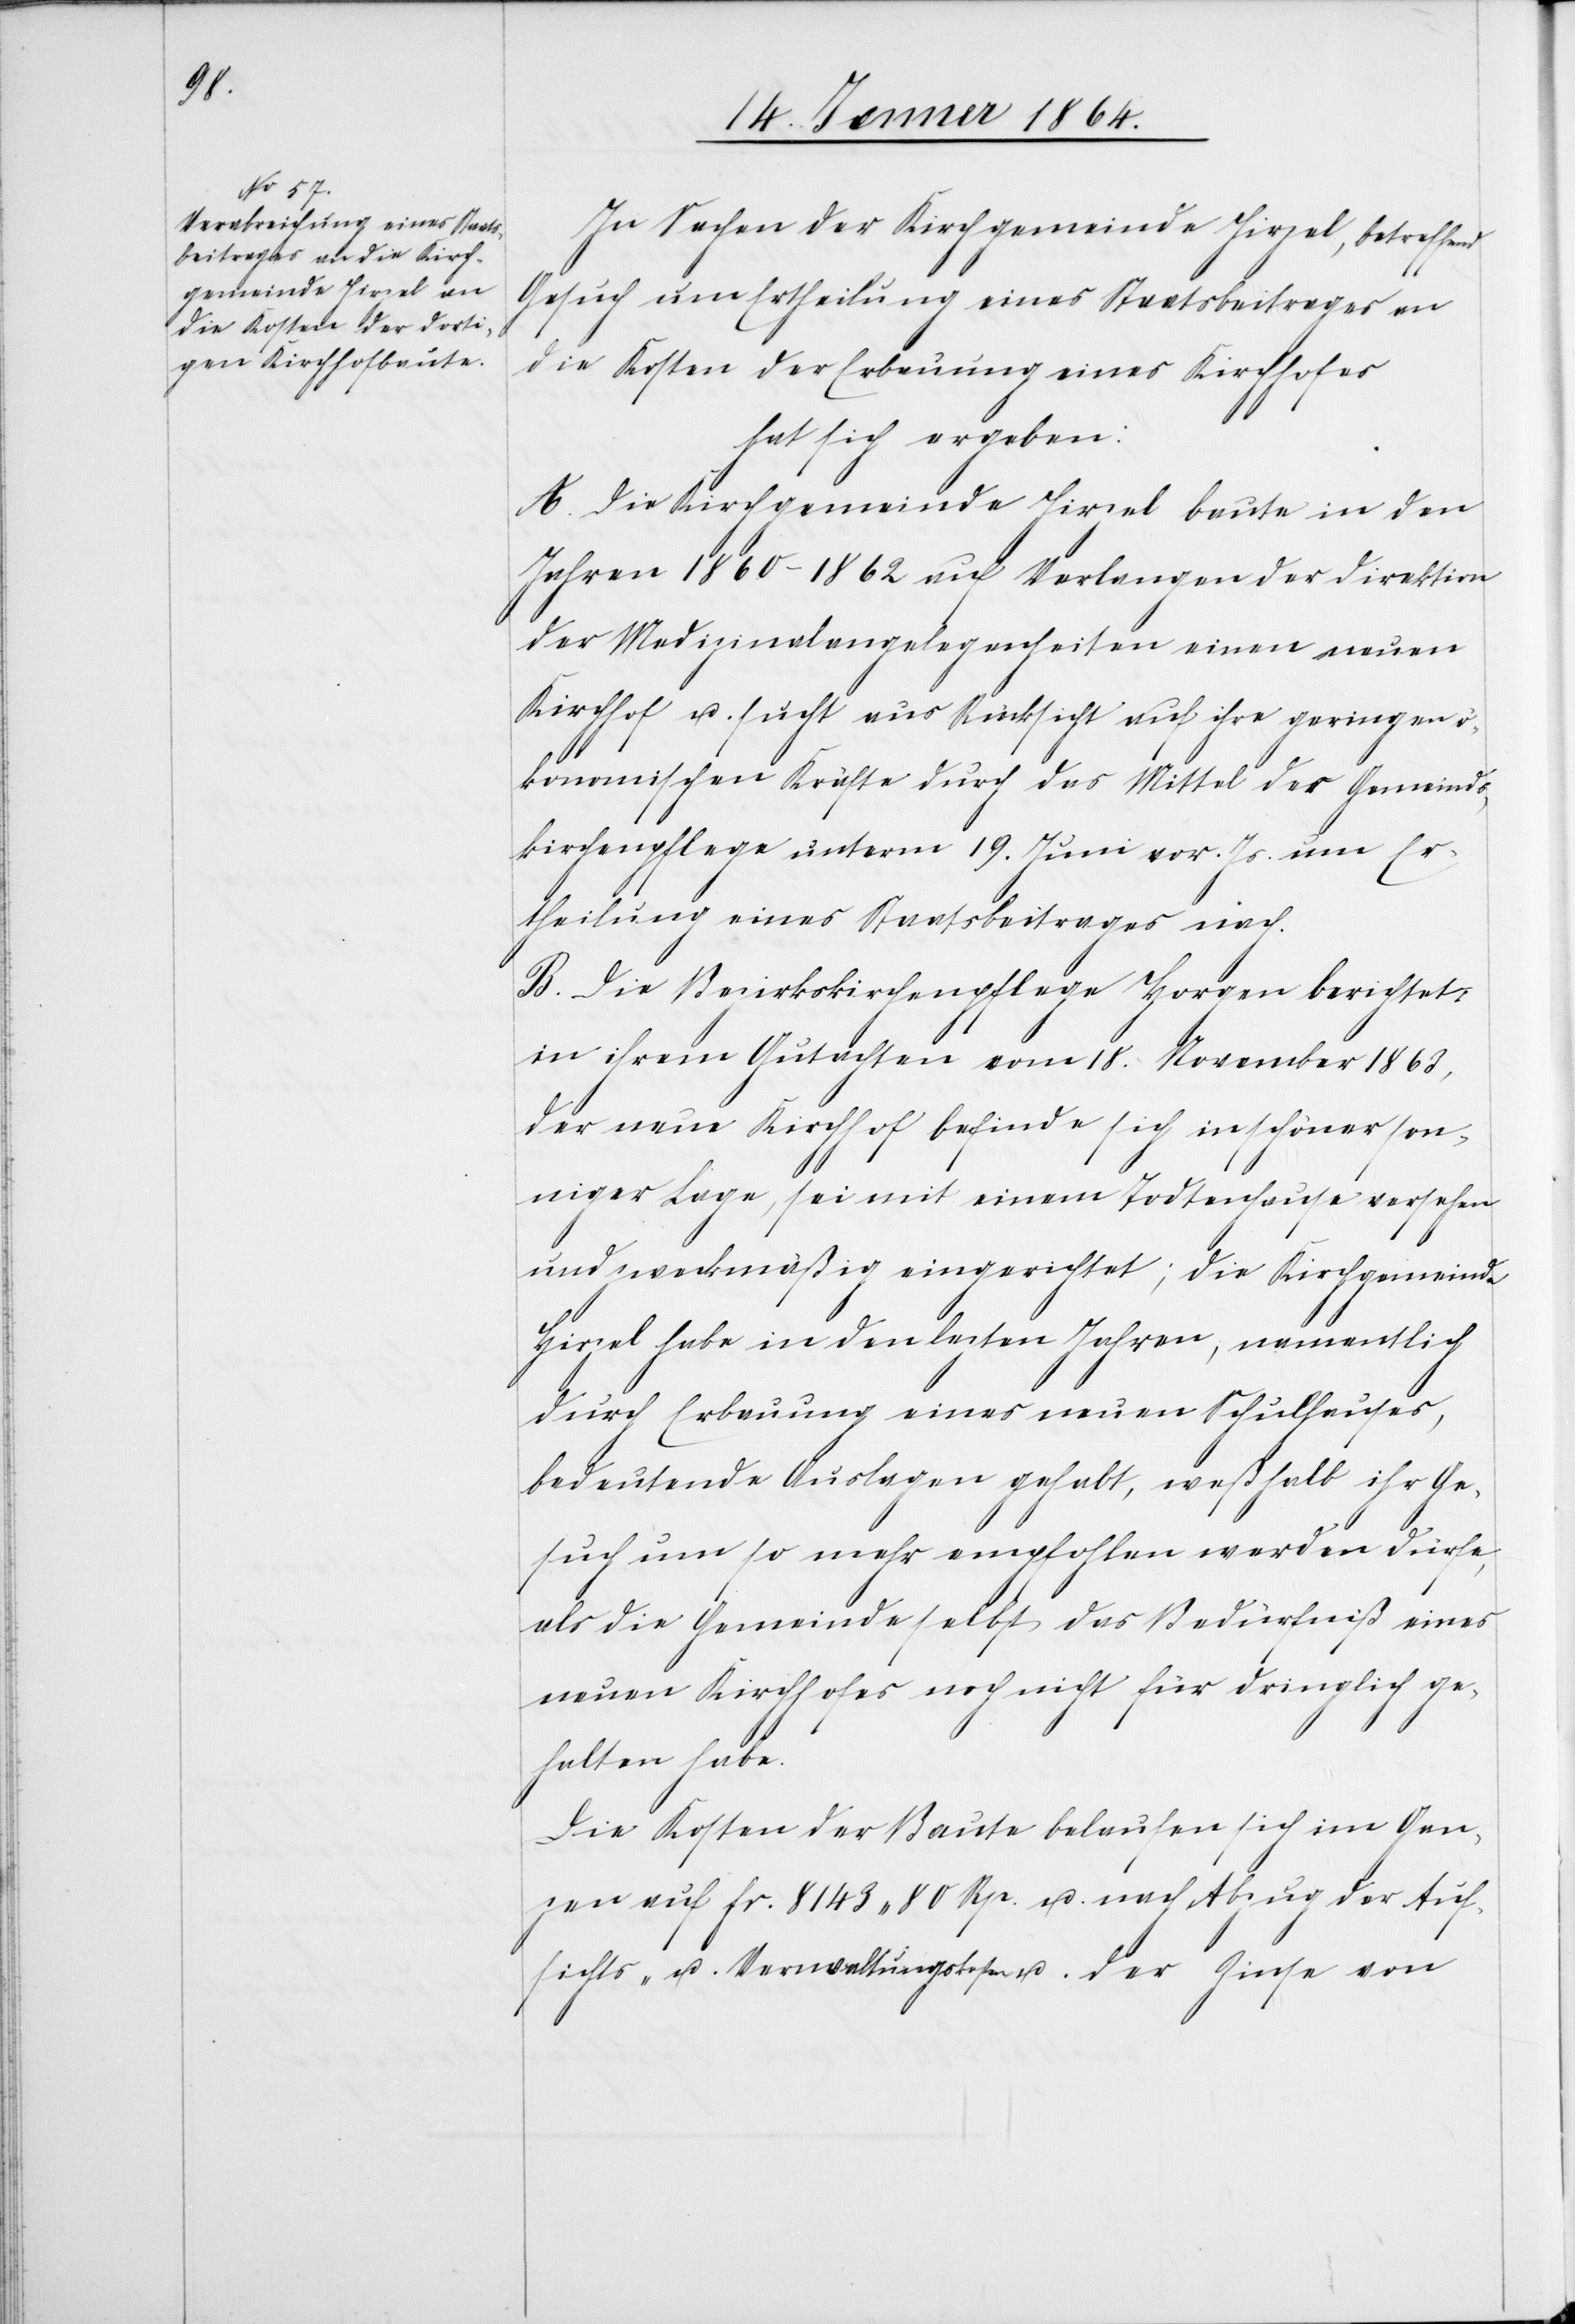
In Sachen der Kirchgemeinde Hirzel, betreffend
Gesuch um Ertheilung eines Staatsbeitrages an
die Kosten der Erbauung eines Kirchhofes
hat sich ergeben:
A. Die Kirchgemeinde Hirzel baute in den
Jahren 1860-1862 auf Verlangen der Direktion
der Medizinalangelegenheiten einen neuen
Kirchhof u. sucht aus Rücksicht auf ihre geringen ö¬
konomischen Kräfte durch das Mittel der Gemeinds¬
kirchenpflege unterm 19. Juni vor. Js. um Er¬
theilung eines Staatsbeitrages nach.
B. Die Bezirkskirchenpflege Horgen berichtet
in ihrem Gutachten vom 18. November 1863,
der neue Kirchhof befinde sich in schöner son¬
niger Lage, sei mit einem Todtenhause versehen
und zweckmäßig eingerichtet; die Kirchgemeinde
Hirzel habe in den lezten Jahren, namentlich
durch Erbauung eines neuen Schulhauses,
bedeutende Auslagen gehabt, weßhalb ihr Ge¬
such um so mehr empfohlen werden dürfe,
als die Gemeinde selbst das Bedürfniß eines
neuen Kirchhofes noch nicht für dringlich ge¬
halten habe.
Die Kosten der Baute belaufen sich im Gan¬
zen auf fr. 8143 80 Rp. u. nach Abzug der Auf¬
sichts- u. Verwaltungskosten u. der Zinse von